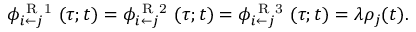
\phi _ { i \leftarrow j } ^ { \mathrm { ~ R ~ 1 ~ } } ( \tau ; t ) = \phi _ { i \leftarrow j } ^ { \mathrm { ~ R ~ 2 ~ } } ( \tau ; t ) = \phi _ { i \leftarrow j } ^ { \mathrm { ~ R ~ 3 ~ } } ( \tau ; t ) = \lambda \rho _ { j } ( t ) .